Annual report of the Central Committee of the Association together with the report of the directors of the Pasteur Institute at Kasauli
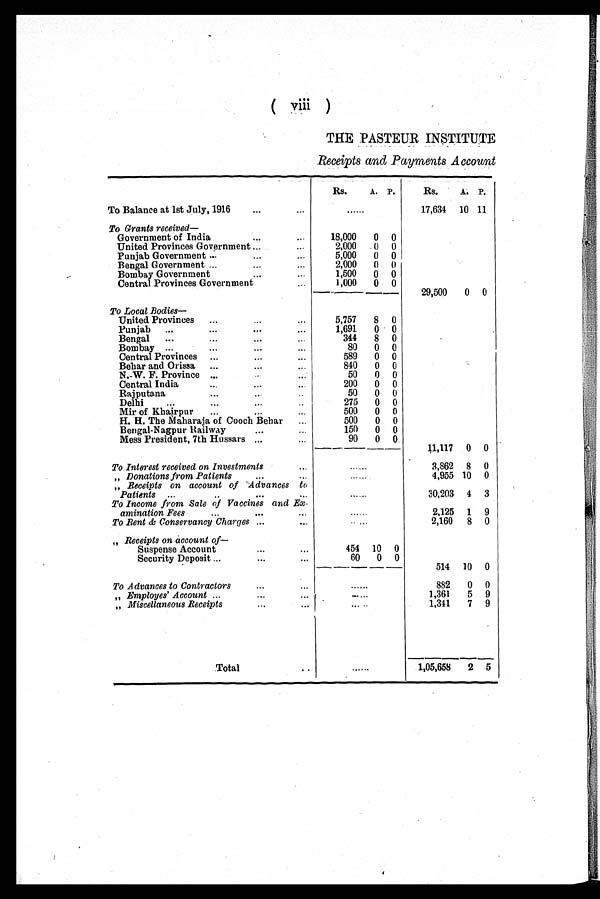
(viii)
THE PASTEUR INSTITUTE
Receipts and Payments Account
Rs.
A. P.
Rs.
A. P.
To Balance at 1st July, 1916
......
17,634 10 11
To Grants received—
Government of India
18,000
0 0
United Provinces Government
2,000
0 0
Punjab Government
5,000
0 0
Bengal Government
2,000
0
0
Bombay Government
1,500
0 0
Central Provinces Government
...
1,000
0 0
29,500
0 0
To Local Bodies—
United Provinces
5,757
8 0
Punjab
1,691
0 0
Bengal
344
8 0
Bombay
80
0 0
Central Provinces
589
0 0
Behar and Orissa
840
0 0
N.W. F. Province
50
0 0
Central India
200
0 0
Rajputana
50
0 0
Delhi
275
0 0
Mir of Khairpur
500
0 0
H. H . The Maharaja of Cooch Behar
500
0 0
Bengal-Nagpur Railway
150
0 0
Mess President, 7th Hussars
90
0 0
11,117 0 0
To Interest received on Investments
......
3,862 8 0
„ Donations from Patients
......
4,955 10 0
„ Receipts on account of Advances to
Patients
......
30,203 4 3
To Income from Sale of Vaccines and Ex-
amination Fees
..
2,125 1 9
To Rent & Conservancy Charges
......
2,160
8 0
„ Receipts on account of—
Suspense Account
454 10 0
Security Deposit
60
0 0
514 10 0
To Advances to Contractors
......
882
0 0
„ Employes' Account
......
1,361
5 9
„ Miscellaneous Receipts
.....
1,341
7 9
Total
......
1,05,658
2 5